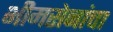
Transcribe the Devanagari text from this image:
भीमसेनांचा